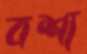
বশ্য